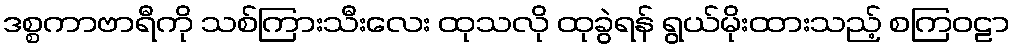
ဒစ္စကာဗာရီကို သစ်ကြားသီးလေး ထုသလို ထုခွဲရန် ရွယ်မိုးထားသည့် စကြဝဠာ